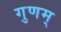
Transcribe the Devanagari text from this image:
गुणम्